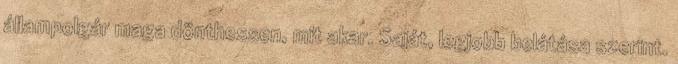
állampolgár maga dönthessen, mit akar. Saját, legjobb belátása szerint.